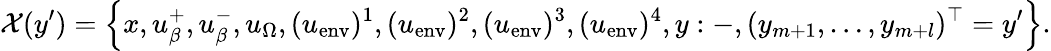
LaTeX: \mathcal{X}(y^{\prime})=\left\{ x,u_{\beta}^{+},u_{\beta}^{-},u_{\Omega},(u_{\mathrm{env}})^{1},(u_{\mathrm{env}})^{2},(u_{\mathrm{env}})^{3},(u_{\mathrm{env}})^{4},y:-,(y_{m+1},\ldots,y_{m+l})^{\top}=y^{\prime}\right\} .